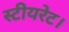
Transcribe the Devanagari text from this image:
स्टीयरेट।